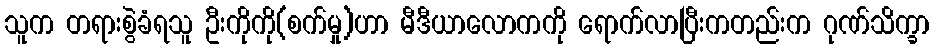
သူက တရားစွဲခံရသူ ဦးကိုကို(စက်မှု)ဟာ မီဒီယာလောကကို ရောက်လာပြီးကတည်းက ဂုဏ်သိက္ခာ